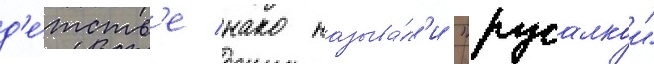
д'е́тств'е нако называ́л'и "русалкои"